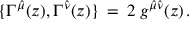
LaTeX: \{ \Gamma ^ { \hat { \mu } } ( z ) , \Gamma ^ { \hat { \nu } } ( z ) \} \: = \: 2 \: g ^ { \hat { \mu } \hat { \nu } } ( z ) \, .